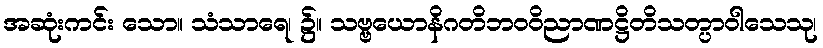
အဆုံးကင်း သော။ သံသာရေ၊ ၌။ သဗ္ဗယောနိဂတိဘဝဝိညာဏဋ္ဌိတိသတ္ပာဝါသေသု၊